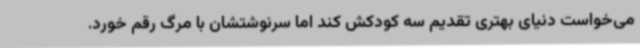
می‌خواست دنیای بهتری تقدیم سه کودکش کند اما سرنوشتشان با مرگ رقم خورد.